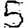
Digit: 5